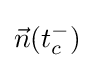
{\vec {n}}(t_{c}^{-})